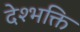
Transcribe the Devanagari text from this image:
देश्भक्ति